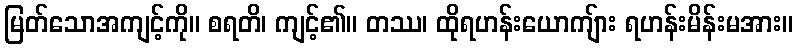
မြတ်သောအကျင့်ကို။ စရတိ၊ ကျင့်၏။ တဿ၊ ထိုရဟန်းယောကျ်ား ရဟန်းမိန်းမအား။